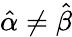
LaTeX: {\hat{\alpha}}\neq{\hat{\beta}}